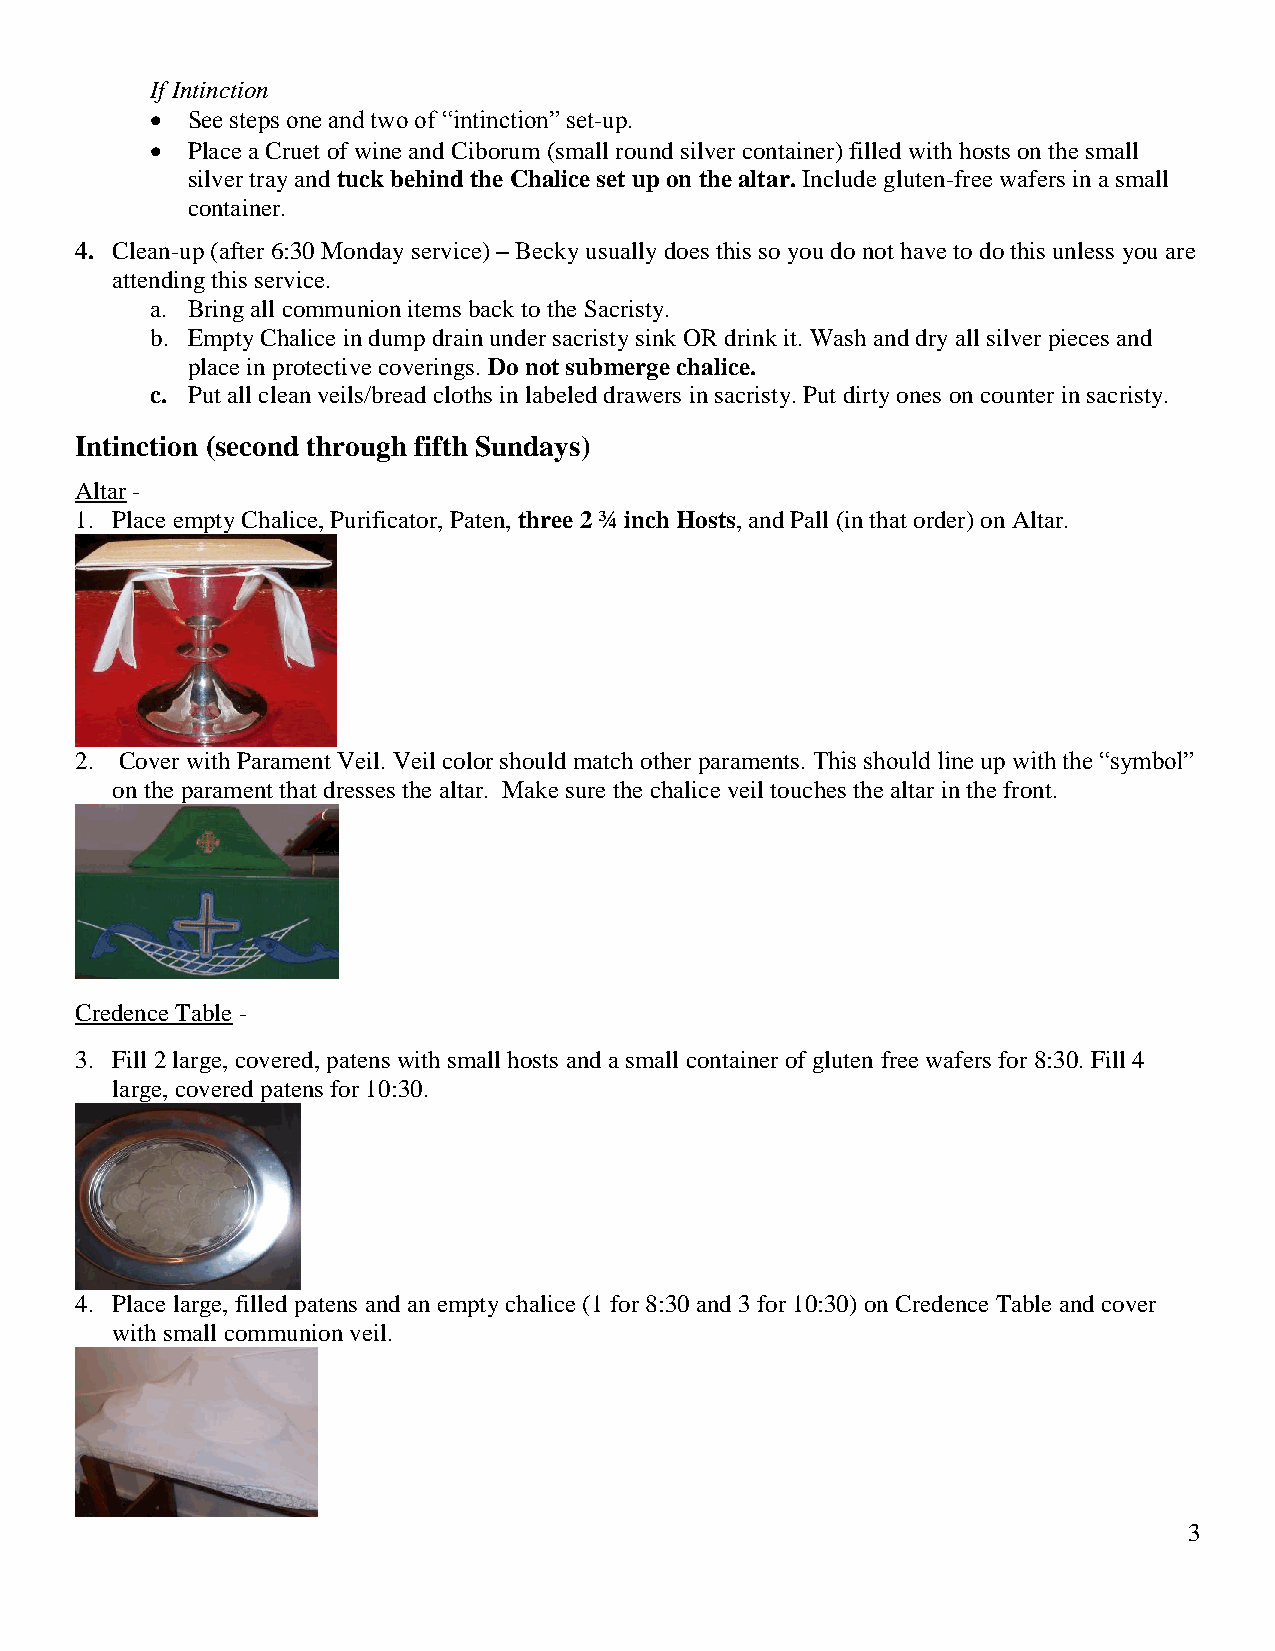
If Intinction
  See steps one and two of “intinction” set-up.
  Place a Cruet of wine and Ciborum (small round silver container) filled with hosts on the small
 silver tray and tuck behind the Chalice set up on the altar. Include gluten-free wafers in a small
 container.
 4. Clean-up (after 6:30 Monday service) – Becky usually does this so you do not have to do this unless you are
 attending this service.
 a. Bring all communion items back to the Sacristy.
 b. Empty Chalice in dump drain under sacristy sink OR drink it. Wash and dry all silver pieces and
 place in protective coverings. Do not submerge chalice.
 c. Put all clean veils/bread cloths in labeled drawers in sacristy. Put dirty ones on counter in sacristy.
 Intinction (second through fifth Sundays)
 Altar -
 1. Place empty Chalice, Purificator, Paten, three 2 ¾ inch Hosts, and Pall (in that order) on Altar.
 2. Cover with Parament Veil. Veil color should match other paraments. This should line up with the “symbol”
 on the parament that dresses the altar. Make sure the chalice veil touches the altar in the front.
 Credence Table -
 3. Fill 2 large, covered, patens with small hosts and a small container of gluten free wafers for 8:30. Fill 4
 large, covered patens for 10:30.
 4. Place large, filled patens and an empty chalice (1 for 8:30 and 3 for 10:30) on Credence Table and cover
 with small communion veil.
 3